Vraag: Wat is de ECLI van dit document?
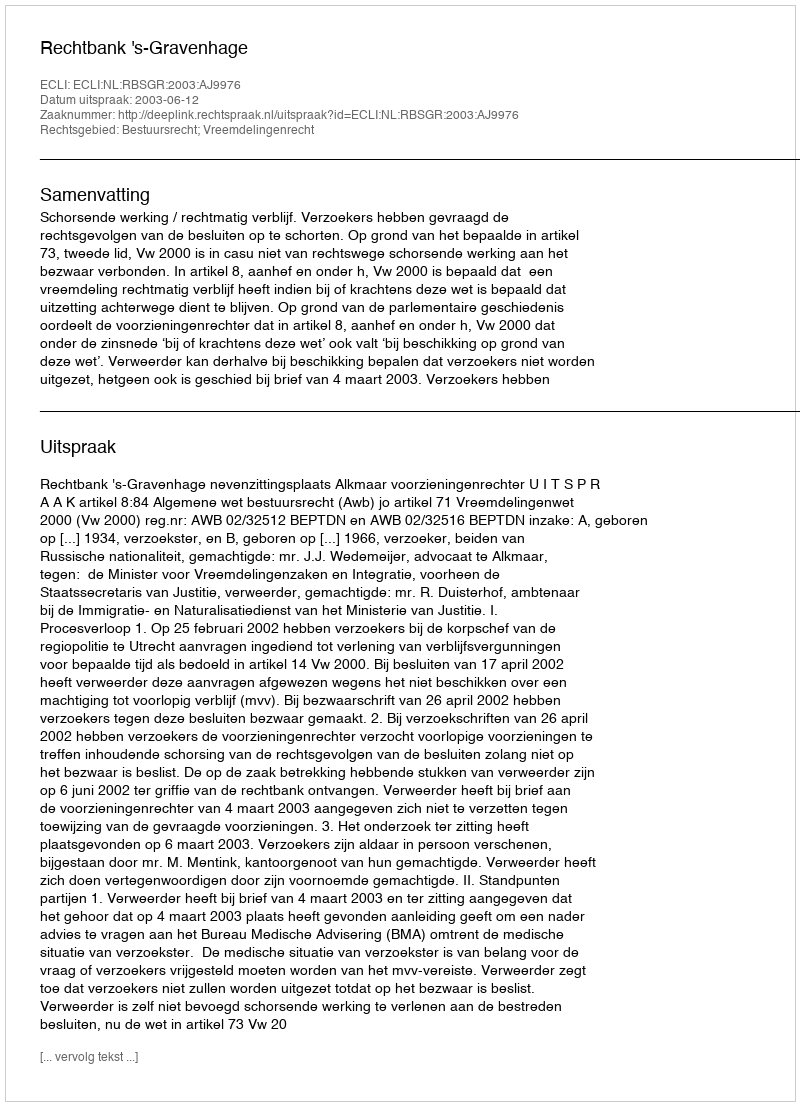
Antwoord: ECLI:NL:RBSGR:2003:AJ9976